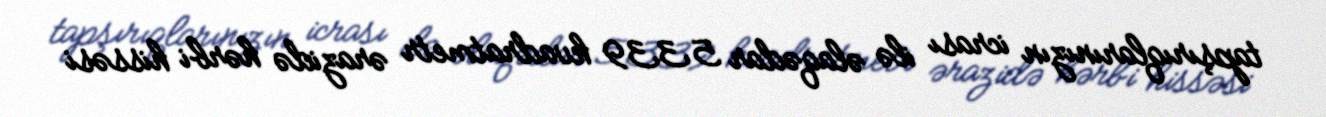
tapşırıqlarınızın icrası ilə əlaqədar 5339 kvadratmetr ərazidə hərbi hissəsi